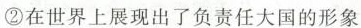
②在世界上展现出了负责任大国的形象